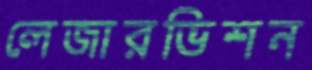
লেজারভিশন